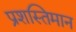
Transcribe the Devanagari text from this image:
प्रशस्तिमान